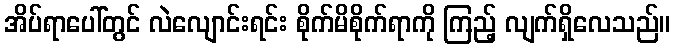
အိပ်ရာပေါ်တွင် လဲလျောင်းရင်း စိုက်မိစိုက်ရာကို ကြည့် လျက်ရှိလေသည်။